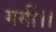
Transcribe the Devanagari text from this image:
गयीं।।